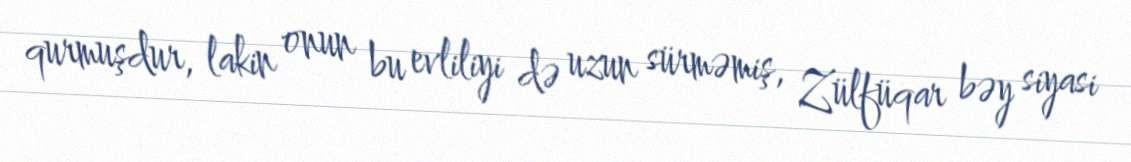
qurmuşdur, lakin onun bu evliliyi də uzun sürməmiş, Zülfüqar bəy siyasi